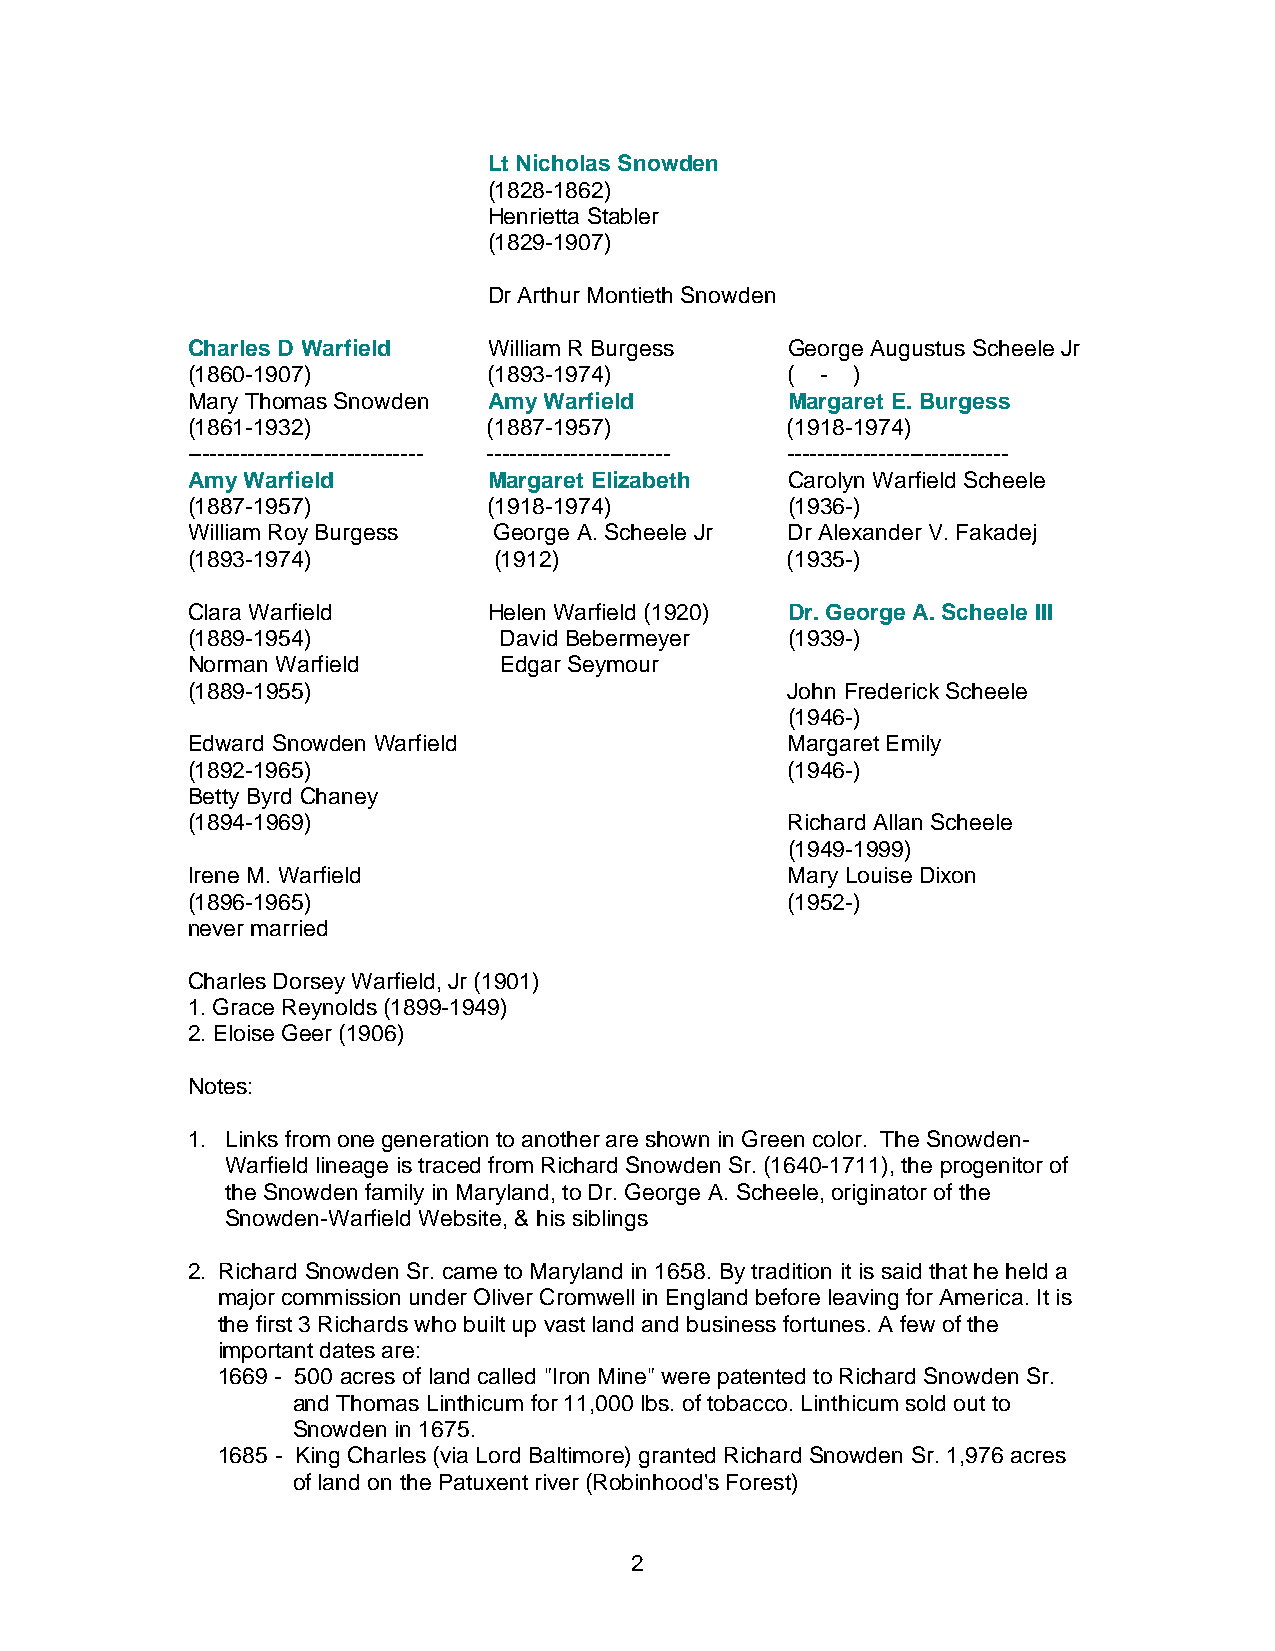
Lt Nicholas Snowden
 (1828-1862)
 Henrietta Stabler
 (1829-1907)
 Dr Arthur Montieth Snowden
 Charles D Warfield  William R Burgess   George Augustus Scheele Jr
 (1860-1907)         (1893-1974)         ( -  )
 Mary Thomas Snowden Amy Warfield        Margaret E. Burgess
 (1861-1932)         (1887-1957)         (1918-1974)
 ------------------------------- ------------------------ -----------------------------
 Amy Warfield        Margaret Elizabeth  Carolyn Warfield Scheele
 (1887-1957)         (1918-1974)         (1936-)
 William Roy Burgess  George A. Scheele Jr Dr Alexander V. Fakadej
 (1893-1974)          (1912)             (1935-)
 Clara Warfield      Helen Warfield (1920) Dr. George A. Scheele III
 (1889-1954)          David Bebermeyer   (1939-)
 Norman Warfield      Edgar Seymour
 (1889-1955)                             John Frederick Scheele
 (1946-)
 Edward Snowden Warfield                 Margaret Emily
 (1892-1965)                             (1946-)
 Betty Byrd Chaney
 (1894-1969)                             Richard Allan Scheele
 (1949-1999)
 Irene M. Warfield                       Mary Louise Dixon
 (1896-1965)                             (1952-)
 never married
 Charles Dorsey Warfield, Jr (1901)
 1. Grace Reynolds (1899-1949)
 2. Eloise Geer (1906)
 Notes:
 1. Links from one generation to another are shown in Green color. The Snowden-
 Warfield lineage is traced from Richard Snowden Sr. (1640-1711), the progenitor of
 the Snowden family in Maryland, to Dr. George A. Scheele, originator of the
 Snowden-Warfield Website, & his siblings
 2. Richard Snowden Sr. came to Maryland in 1658. By tradition it is said that he held a
 major commission under Oliver Cromwell in England before leaving for America. It is
 the first 3 Richards who built up vast land and business fortunes. A few of the
 important dates are:
 1669 - 500 acres of land called "Iron Mine" were patented to Richard Snowden Sr.
 and Thomas Linthicum for 11,000 lbs. of tobacco. Linthicum sold out to
 Snowden in 1675.
 1685 - King Charles (via Lord Baltimore) granted Richard Snowden Sr. 1,976 acres
 of land on the Patuxent river (Robinhood's Forest)
 2